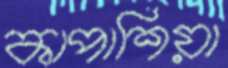
কাপাশিয়া